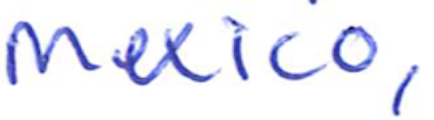
Text: Mexico,
Cross-out: clean
Writing tool: ballpoint